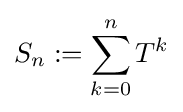
S_{n}:=\sum _{k=0}^{n}T^{k}